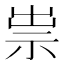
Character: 祟